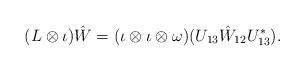
LaTeX: \begin{align*}(L \otimes \iota) \hat W&= (\iota \otimes \iota \otimes \omega)(U_{13}\hat W_{12}U^*_{13}).\end{align*}